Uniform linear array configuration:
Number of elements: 64
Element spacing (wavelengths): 0.75
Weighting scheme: uniform
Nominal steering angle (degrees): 30
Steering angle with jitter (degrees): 29.372
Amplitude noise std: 0.05
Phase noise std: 0.05

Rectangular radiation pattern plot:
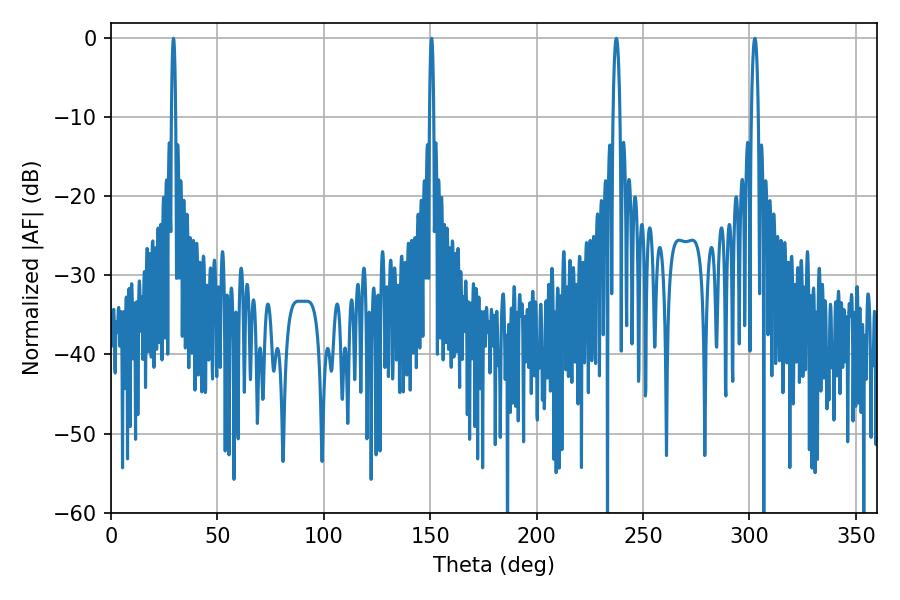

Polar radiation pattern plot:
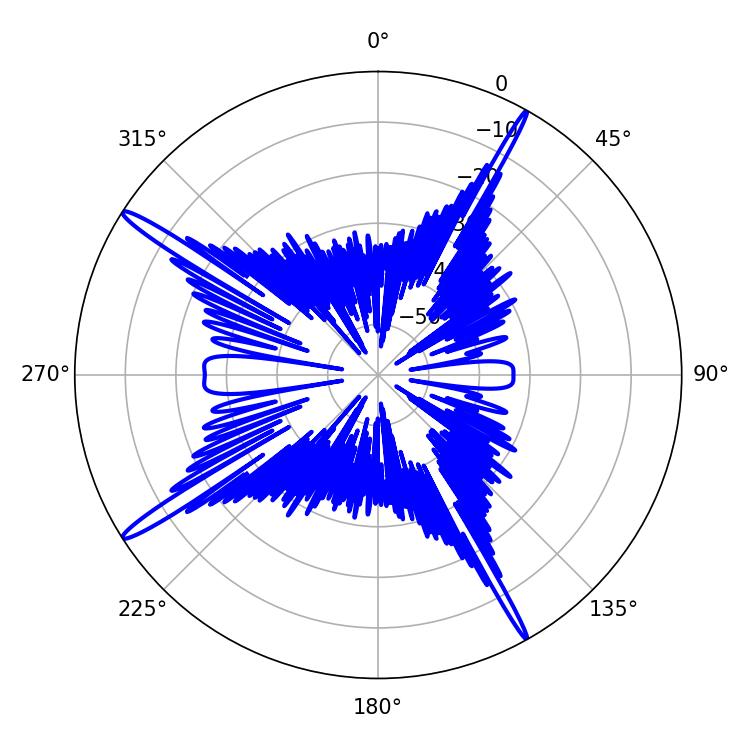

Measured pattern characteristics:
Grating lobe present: TRUE
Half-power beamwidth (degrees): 1.08
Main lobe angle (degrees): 29.34